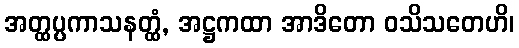
အတ္ထပ္ပကာသနတ္ထံ, အဋ္ဌကထာ အာဒိတော ဝသိသတေဟိ၊